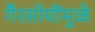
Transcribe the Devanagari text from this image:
गैरसोयींमुळे